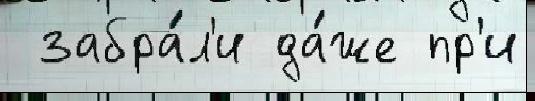
 забра́л'и да́же пр'и